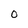
Character: 0